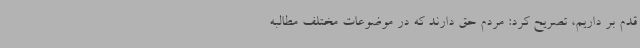
قدم بر داریم، تصریح کرد: مردم حق دارند که در موضوعات مختلف مطالبه